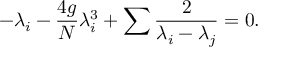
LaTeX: - \lambda _ { i } - { \frac { 4 g } { N } } \lambda _ { i } ^ { 3 } + \sum { \frac { 2 } { \lambda _ { i } - \lambda _ { j } } } = 0 .